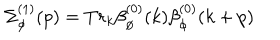
\Sigma _ { \phi } ^ { ( 1 ) } ( p ) = T r _ { k } \beta _ { \phi } ^ { ( 0 ) } ( k ) \beta _ { \phi } ^ { ( 0 ) } ( k + p )